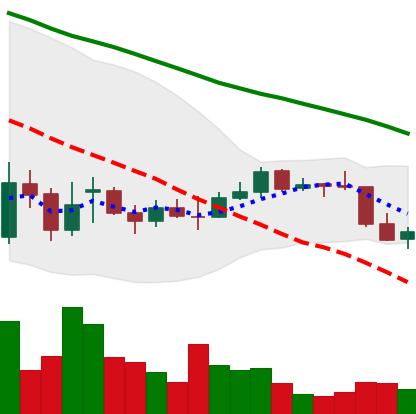
Ticker: EOS-USD
Chart end date: 2021-12-30
Forward return: 3.05%
Label: up_3_5